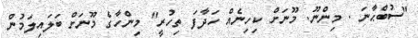
"ސުބްޙާނަ . މިންނޫ. މޫނަށް ކިހިނެއް ހަދާފަ ތިހުރީ" މިންހާގެ މޫނަށް ބަލައިލަމުން